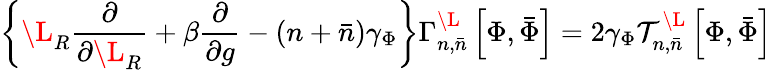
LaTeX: \left\{ \L_{R}\frac{\partial}{\partial\L_{R}}+\beta\frac{\partial}{\partial g}-(n+\bar{n})\gamma_{\Phi}\right\} \Gamma_{n,\bar{n}}^{\L}\left[\Phi,\bar{\Phi}\right]=2\gamma_{\Phi}{\cal T}_{n,\bar{n}}^{\L}\left[\Phi,\bar{\Phi}\right]